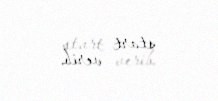
start verib.